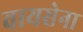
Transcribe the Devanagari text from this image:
वायसेना